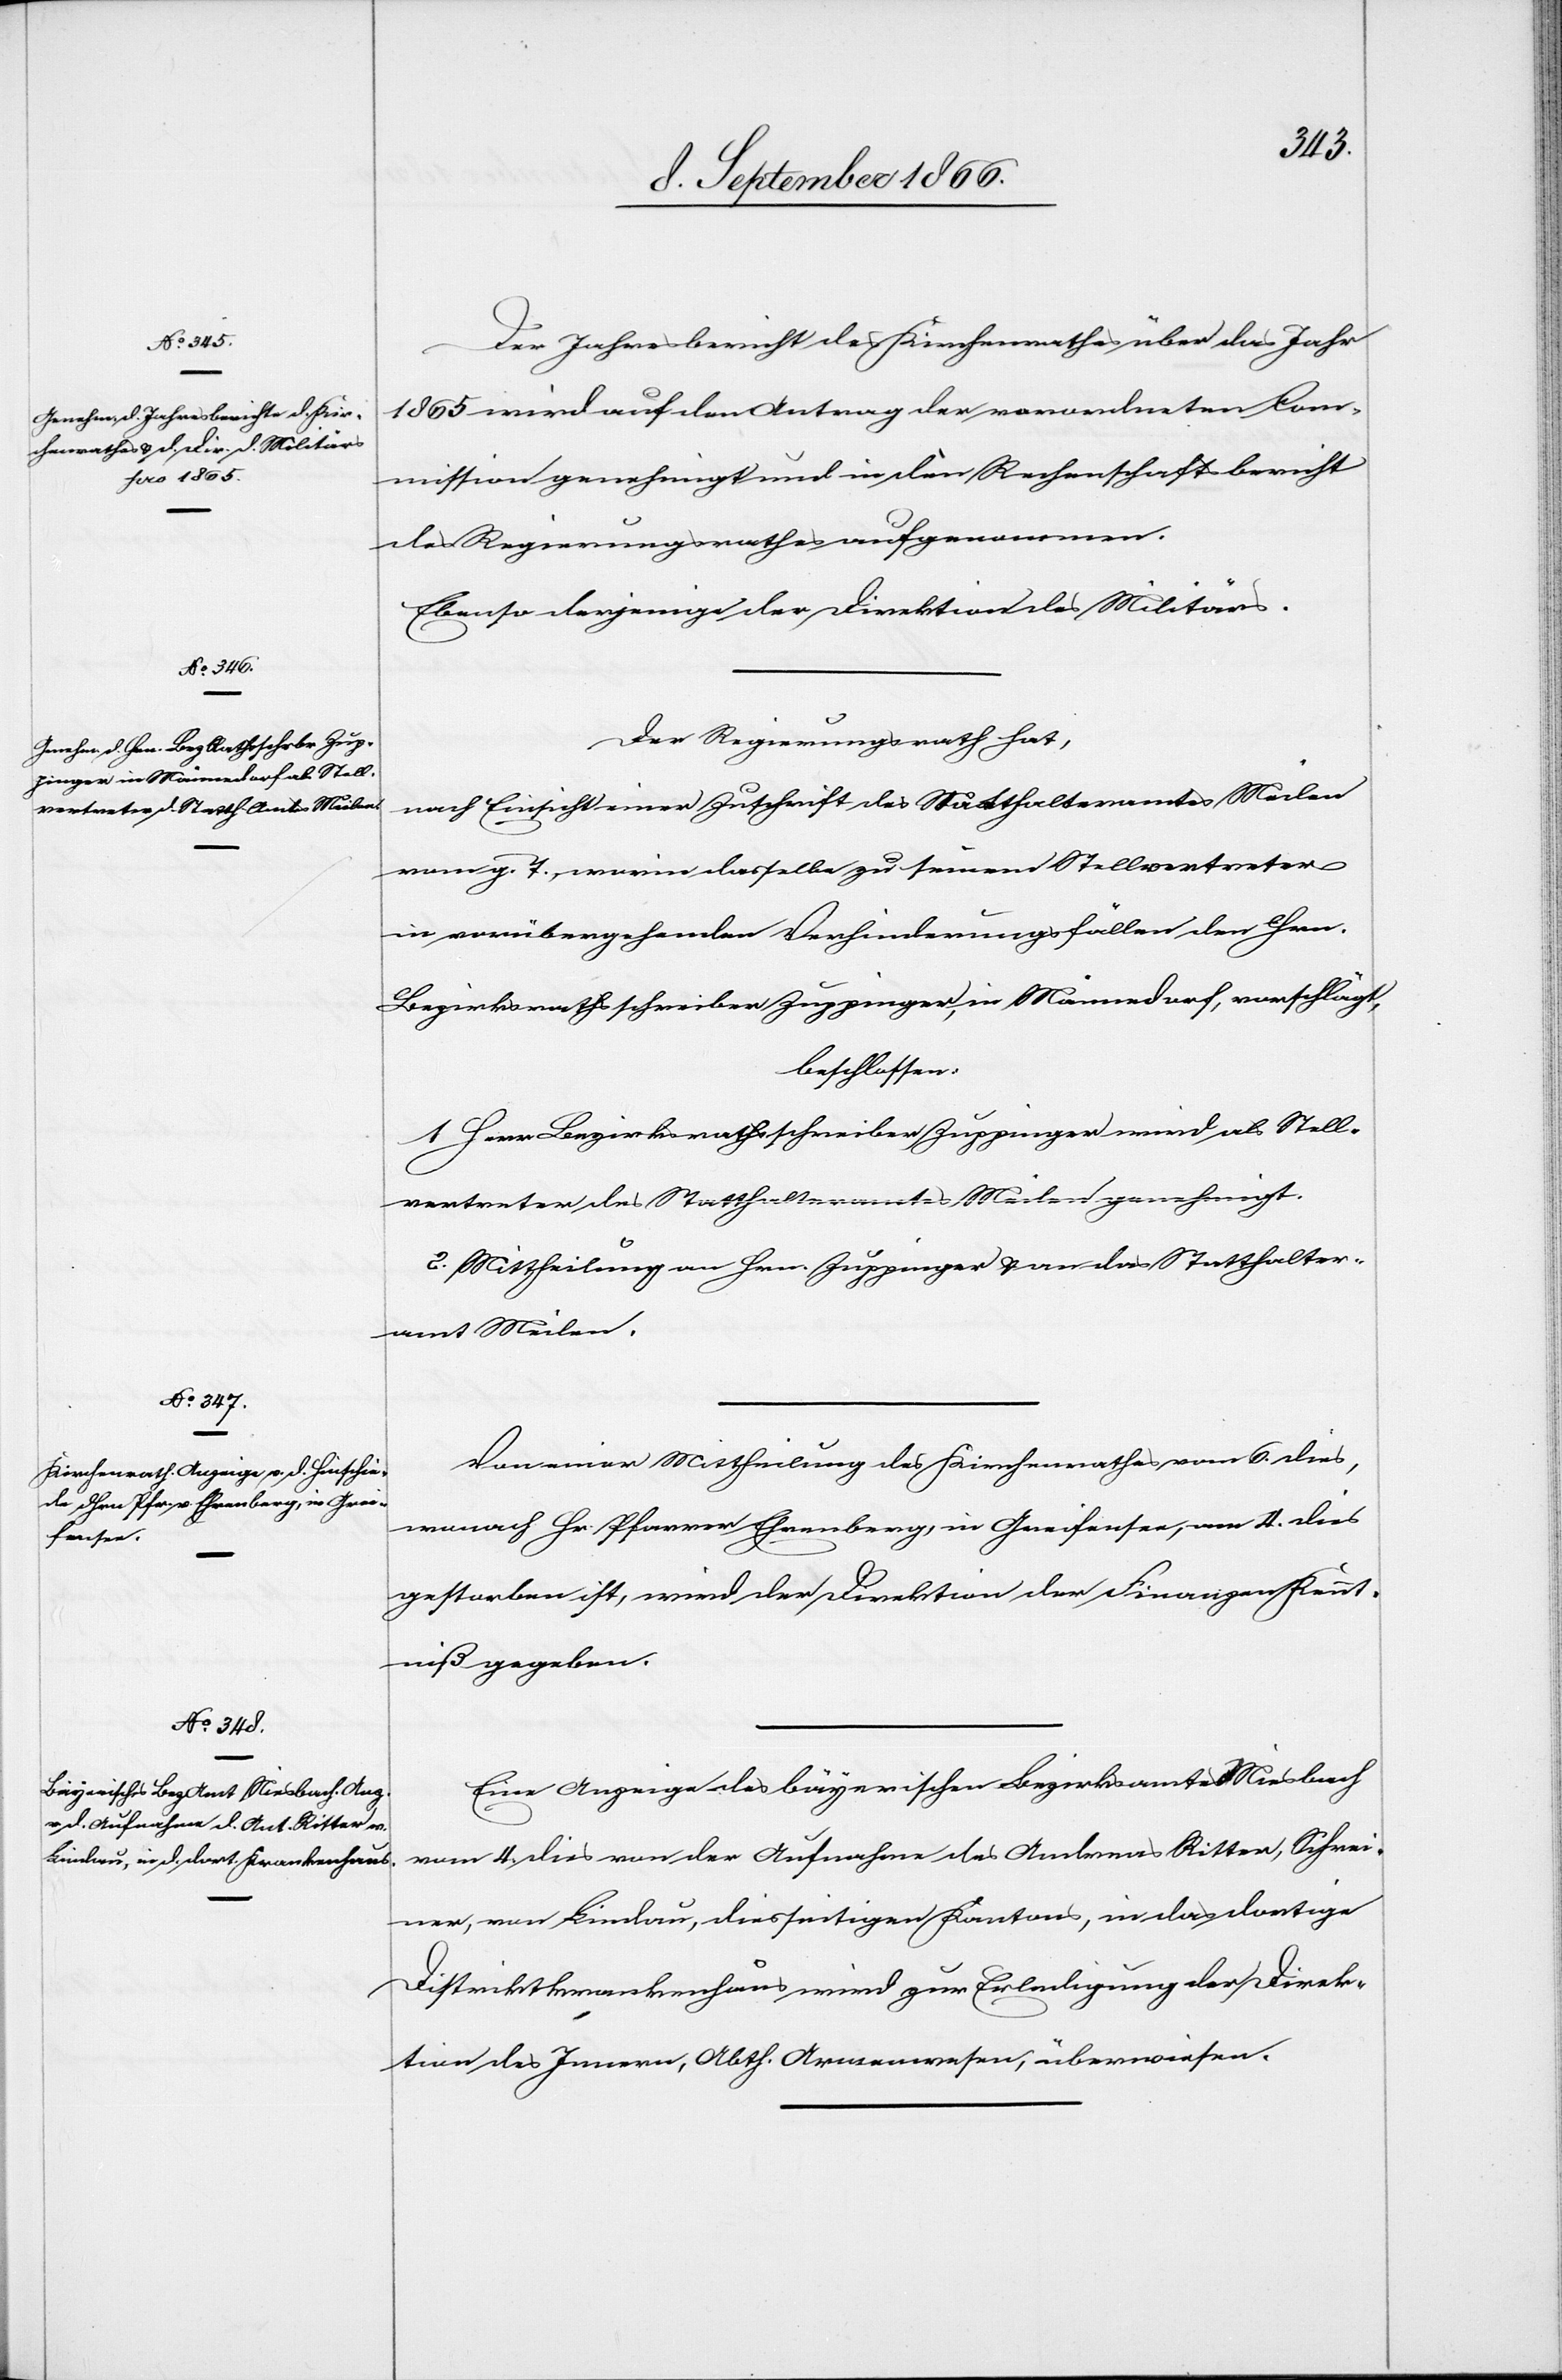
Der Jahresbericht des Kirchenrathes über das Jahr
1865 wird auf den Antrag der verordneten Com¬
mission genehmigt und in den Rechenschaftsbericht
des Regierungsrathes aufgenommen.
Ebenso derjenige der Direktion des Militärs.
Der Regierungsrath hat,
nach Einsicht einer Zuschrift des Statthalteramtes Meilen
vom g. T., worin dasselbe zu seinem Stellvertreter
in vorübergehenden Verhinderungsfällen den Hrn.
Bezirksrathsschreiber Zuppinger, in Männedorf, vorschlägt,
beschlossen:
1. Herr Bezirksrathsschreiber Zuppinger wird als Stell¬
vertreter des Statthalteramtes Meilen genehmigt.
2. Mittheilung an Hrn. Zuppinger u. an das Statthalter¬
amt Meilen.
Von einer Mittheilung des Kirchenrathes vom 6. dies,
wonach Hr. Pfarrer Ehrenberg, in Greifensee, am 4. dies
gestorben ist, wird der Direktion der Finanzen Kennt¬
niß gegeben.
Eine Anzeige des bayerischen Bezirksamtes Miesbach
vom 4. dies von der Aufnahme des Andreas Ritter, Schrei¬
ner, von Lindau, diesseitigen Kantons, in das dortige
Distriktkrankenhaus wird zur Erledigung der Direk¬
tion des Innern, Abth. Armenwesen, überwiesen.